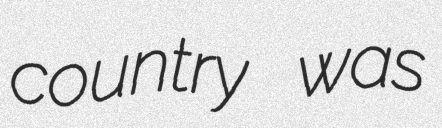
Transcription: country was